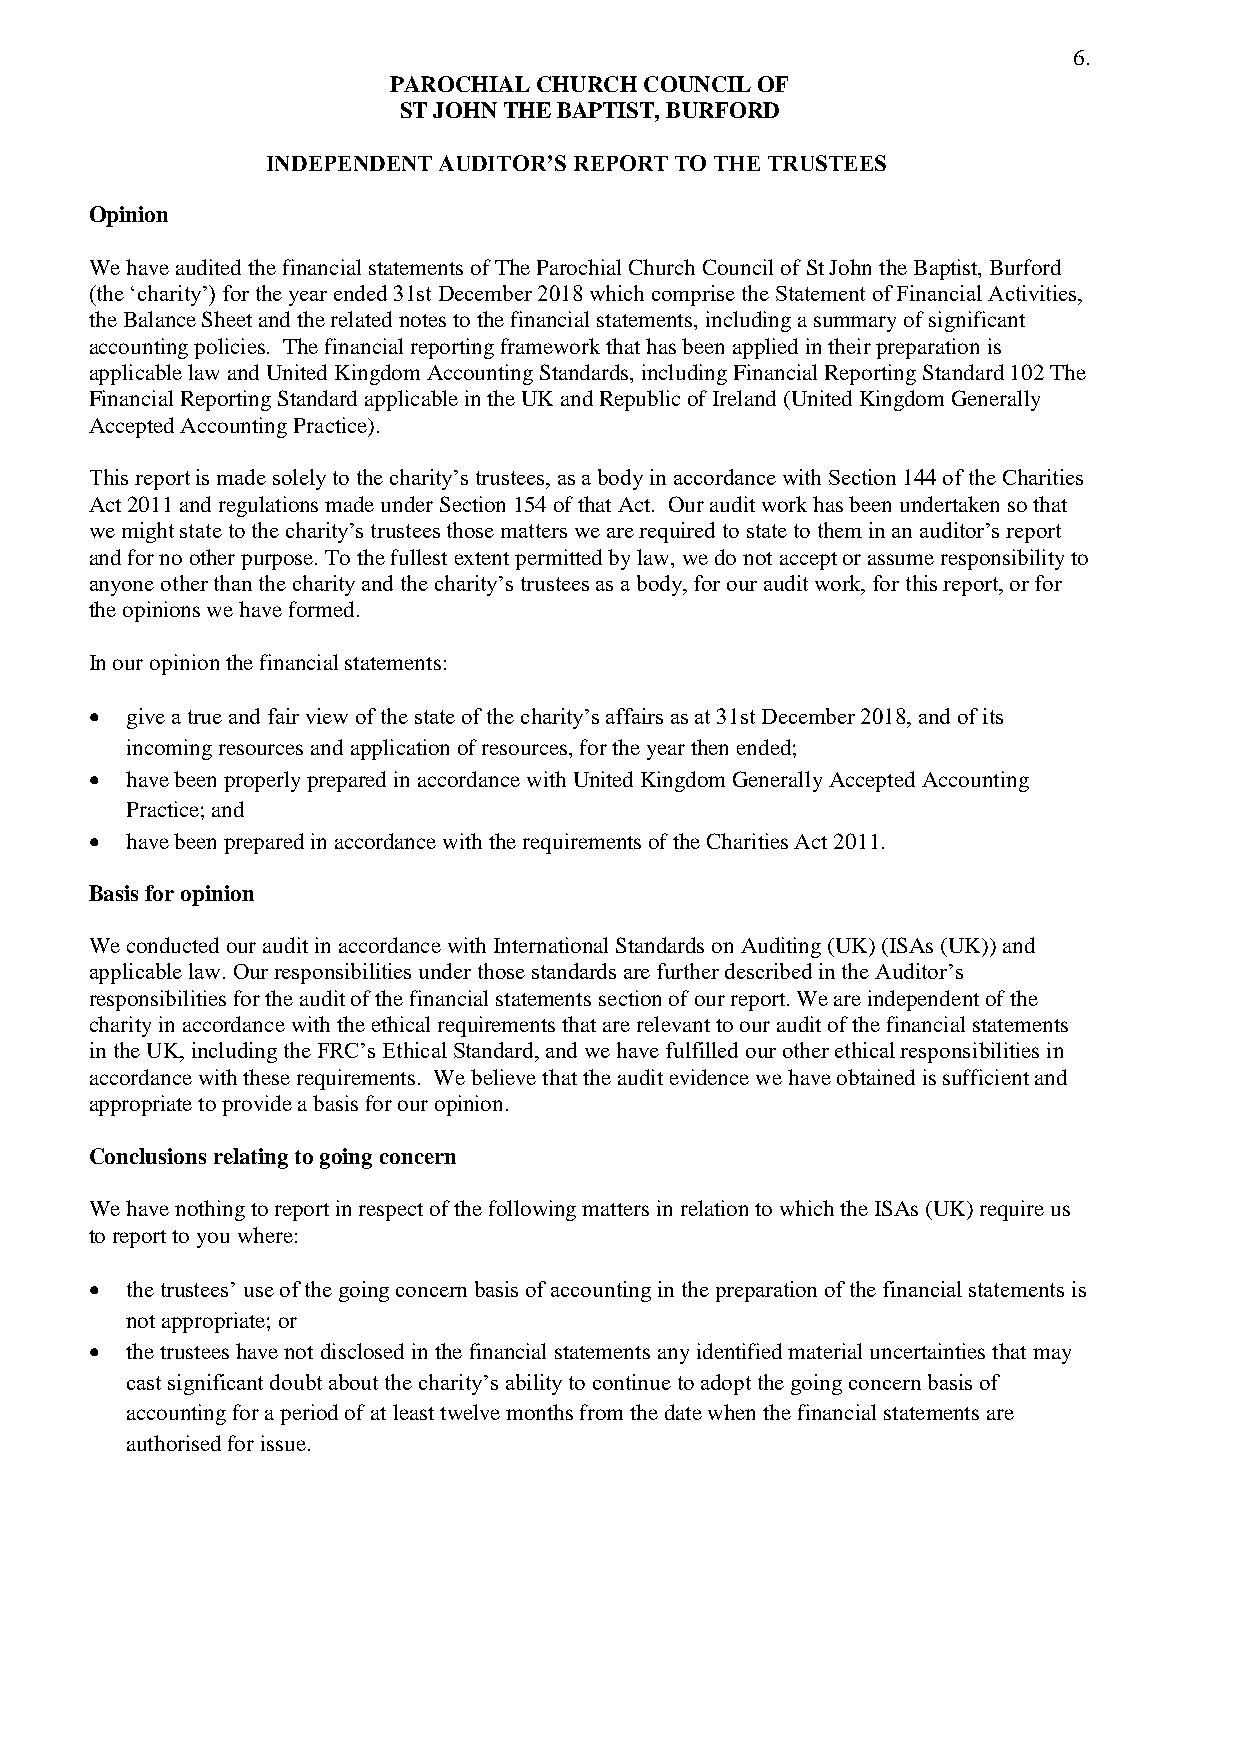
6.
 PAROCHIAL CHURCH COUNCIL OF
 ST JOHN THE BAPTIST, BURFORD
 INDEPENDENT AUDITOR’S REPORT TO THE TRUSTEES
 Opinion
 We have audited the financial statements of The Parochial Church Council of St John the Baptist, Burford
 (the ‘charity’) for the year ended 31st December 2018 which comprise the Statement of Financial Activities,
 the Balance Sheet and the related notes to the financial statements, including a summary of significant
 accounting policies. The financial reporting framework that has been applied in their preparation is
 applicable law and United Kingdom Accounting Standards, including Financial Reporting Standard 102 The
 Financial Reporting Standard applicable in the UK and Republic of Ireland (United Kingdom Generally
 Accepted Accounting Practice).
 This report is made solely to the charity’s trustees, as a body in accordance with Section 144 of the Charities
 Act 2011 and regulations made under Section 154 of that Act. Our audit work has been undertaken so that
 we might state to the charity’s trustees those matters we are required to state to them in an auditor’s report
 and for no other purpose. To the fullest extent permitted by law, we do not accept or assume responsibility to
 anyone other than the charity and the charity’s trustees as a body, for our audit work, for this report, or for
 the opinions we have formed.
 In our opinion the financial statements:
  give a true and fair view of the state of the charity’s affairs as at 31st December 2018, and of its
 incoming resources and application of resources, for the year then ended;
  have been properly prepared in accordance with United Kingdom Generally Accepted Accounting
 Practice; and
  have been prepared in accordance with the requirements of the Charities Act 2011.
 Basis for opinion
 We conducted our audit in accordance with International Standards on Auditing (UK) (ISAs (UK)) and
 applicable law. Our responsibilities under those standards are further described in the Auditor’s
 responsibilities for the audit of the financial statements section of our report. We are independent of the
 charity in accordance with the ethical requirements that are relevant to our audit of the financial statements
 in the UK, including the FRC’s Ethical Standard, and we have fulfilled our other ethical responsibilities in
 accordance with these requirements. We believe that the audit evidence we have obtained is sufficient and
 appropriate to provide a basis for our opinion.
 Conclusions relating to going concern
 We have nothing to report in respect of the following matters in relation to which the ISAs (UK) require us
 to report to you where:
  the trustees’ use of the going concern basis of accounting in the preparation of the financial statements is
 not appropriate; or
  the trustees have not disclosed in the financial statements any identified material uncertainties that may
 cast significant doubt about the charity’s ability to continue to adopt the going concern basis of
 accounting for a period of at least twelve months from the date when the financial statements are
 authorised for issue.